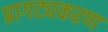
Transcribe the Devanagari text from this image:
प्रागट्यकरण